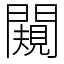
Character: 闚